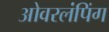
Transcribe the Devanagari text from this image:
ओवरलंपिंग